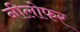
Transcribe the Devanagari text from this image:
नीलोफर